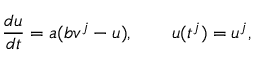
\frac { d u } { d t } = a ( b v ^ { j } - u ) , \qquad u ( t ^ { j } ) = u ^ { j } ,